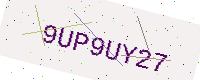
Text: 9UP9UY27